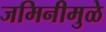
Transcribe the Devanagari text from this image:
जमिनीमुळे